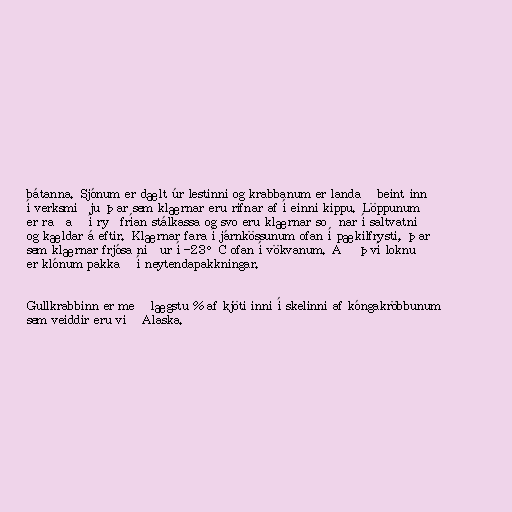
bátanna. Sjónum er dælt úr lestinni og krabbanum er landað beint inn
í verksmiðju þar sem klærnar eru rifnar af í einni kippu. Löppunum
er raðað í ryðfrían stálkassa og svo eru klærnar soðnar í saltvatni
og kældar á eftir. Klærnar fara í járnkössunum ofan í pækilfrysti, þar
sem klærnar frjósa niður í -23°C ofan í vökvanum. Að því loknu
er klónum pakkað í neytendapakkningar.

Gullkrabbinn er með lægstu % af kjöti inni í skelinni af kóngakröbbunum
sem veiddir eru við Alaska.